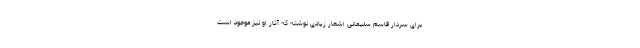
برای سردار قاسم سلیمانی اشعار زیادی نوشته که آثار او نیز موجود است